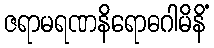
ဇရာမရဏနိရောဓဂါမိနိံ